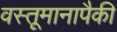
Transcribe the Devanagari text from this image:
वस्तूमानापैकी